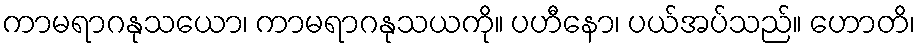
ကာမရာဂနုသယော၊ ကာမရာဂနုသယကို။ ပဟီနော၊ ပယ်အပ်သည်။ ဟောတိ၊